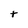
Character: t